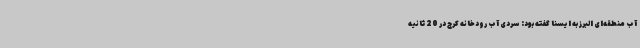
آب منطقه‌ای البرز به ایسنا گفته بود: سردی آب رودخانه کرج در 20 ثانیه